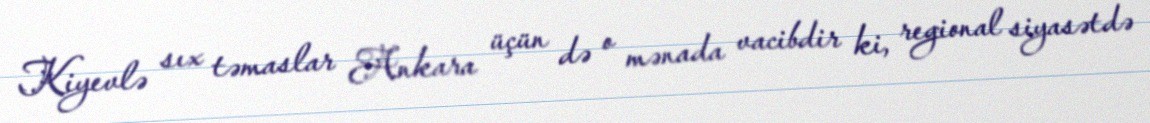
Kiyevlə sıx təmaslar Ankara üçün də o mənada vacibdir ki, regional siyasətdə